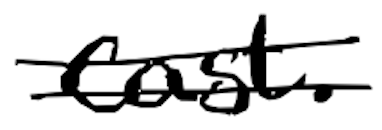
Text: cast.
Cross-out: double-line
Writing tool: digital_black